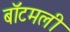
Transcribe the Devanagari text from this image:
बॉटमली